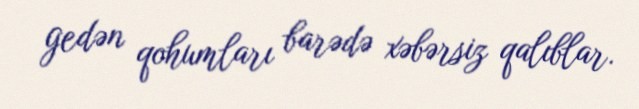
gedən qohumları barədə xəbərsiz qalıblar.